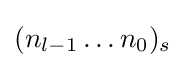
(n_{l-1}\dots n_{0})_{s}